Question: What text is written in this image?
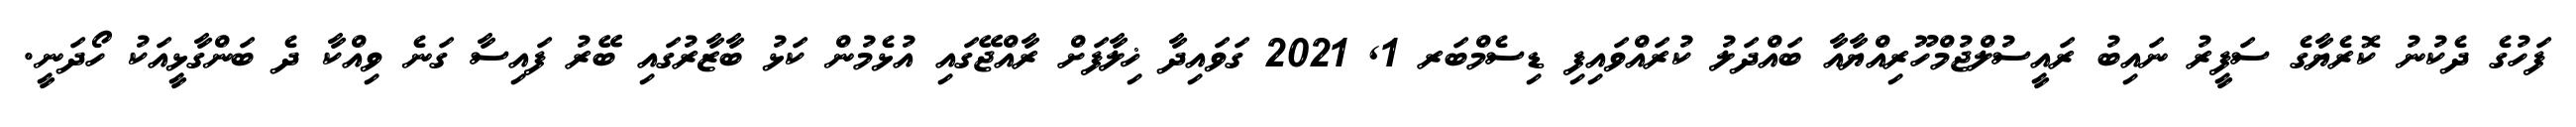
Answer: ފަހުގެ ދެކުނު ކޮރެޔާގެ ސަފީރު ނައިބު ރައީސުލްޖުމްހޫރިއްޔާއާ ބައްދަލު ކުރައްވައިފި ޑިސެމްބަރ 1, 2021 ގަވައިދާ ޚިލާފަށް ރާއްޖޭގައި އުޅެމުން ކަޅު ބާޒާރުގައި ބޭރު ފައިސާ ގަނެ ވިއްކާ ދެ ބަންގާޅީއަކު ހޯދަނީ.